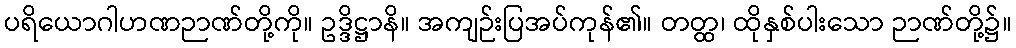
ပရိယောဂါဟဏဉာဏ်တို့ကို။ ဥဒ္ဒိဋ္ဌာနိ။ အကျဉ်းပြအပ်ကုန်၏။ တတ္ထ၊ ထိုနှစ်ပါးသော ဉာဏ်တို့၌။